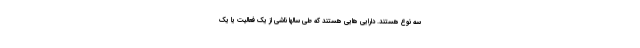
سه نوع هستند. دارایی هایی هستند که طی سالها ناشی از یک فعالیت یا یک